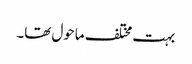
بہت مختلف ماحول تھا۔